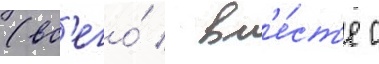
(вс'его́ / вм'е́ст'е с